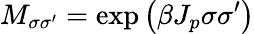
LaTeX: M_{\sigma\sigma^{\prime}}=\exp\left(\beta J_{p}\sigma\sigma^{\prime}\right)